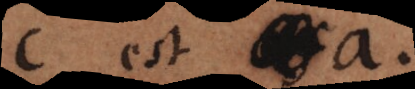
c est af